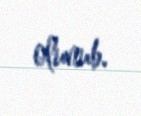
olunub.